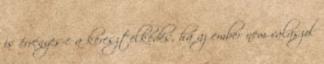
is érvényes-e a keresztelkedés, ha az ember nem válaszol